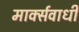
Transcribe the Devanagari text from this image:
मार्क्सवाधी